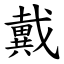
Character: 戴